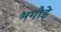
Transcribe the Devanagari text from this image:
भगौड़े